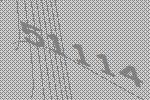
51114